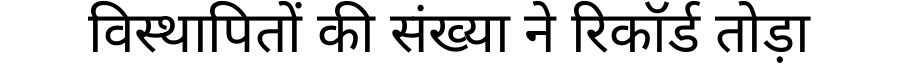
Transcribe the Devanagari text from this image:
विस्थापितों की संख्या ने रिकॉर्ड तोड़ा